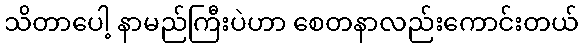
သိတာပေါ့ နာမည်ကြီးပဲဟာ စေတနာလည်းကောင်းတယ်